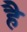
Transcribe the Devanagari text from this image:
हेेै